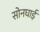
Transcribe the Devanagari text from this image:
सोनघाई